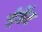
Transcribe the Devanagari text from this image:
इंडेंट